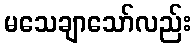
မသေချာသော်လည်း